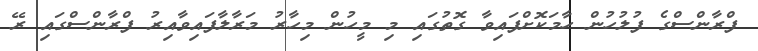
ފްރާންސްގެ ފުލުހުން ހާމަކޮށްފައިވާ ގޮތުގައި މި މީހުން މިހާރު މަރާލާފައިވާއިރު ފްރާންސްގައި ރޭ